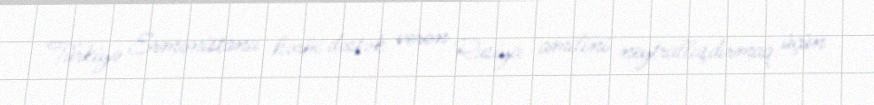
Türkiyə Ermənistana hərbi dəstək verən Rusiya amilini neytrallaşdırmaq üçün